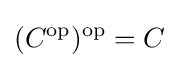
(C^{\text{op}})^{\text{op}}=C